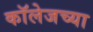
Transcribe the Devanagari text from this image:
काॅलेजच्या